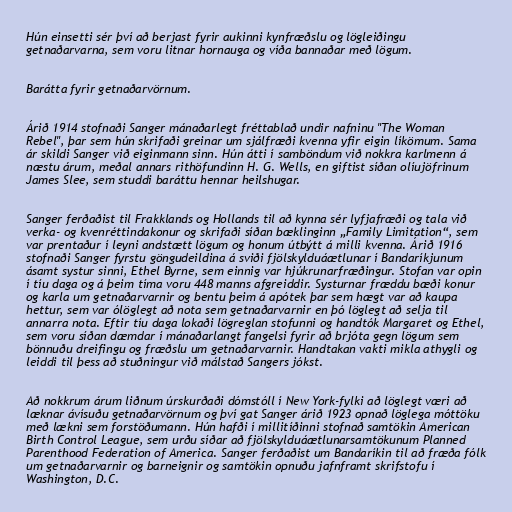
Hún einsetti sér því að berjast fyrir aukinni kynfræðslu og lögleiðingu
getnaðarvarna, sem voru litnar hornauga og víða bannaðar með lögum.

Barátta fyrir getnaðarvörnum.

Árið 1914 stofnaði Sanger mánaðarlegt fréttablað undir nafninu "The Woman
Rebel", þar sem hún skrifaði greinar um sjálfræði kvenna yfir eigin líkömum. Sama
ár skildi Sanger við eiginmann sinn. Hún átti í samböndum við nokkra karlmenn á
næstu árum, meðal annars rithöfundinn H. G. Wells, en giftist síðan olíujöfrinum
James Slee, sem studdi baráttu hennar heilshugar.

Sanger ferðaðist til Frakklands og Hollands til að kynna sér lyfjafræði og tala við
verka- og kvenréttindakonur og skrifaði síðan bæklinginn „Family Limitation“, sem
var prentaður í leyni andstætt lögum og honum útbýtt á milli kvenna. Árið 1916
stofnaði Sanger fyrstu göngudeildina á sviði fjölskylduáætlunar í Bandaríkjunum
ásamt systur sinni, Ethel Byrne, sem einnig var hjúkrunarfræðingur. Stofan var opin
í tíu daga og á þeim tíma voru 448 manns afgreiddir. Systurnar fræddu bæði konur
og karla um getnaðarvarnir og bentu þeim á apótek þar sem hægt var að kaupa
hettur, sem var ólöglegt að nota sem getnaðarvarnir en þó löglegt að selja til
annarra nota. Eftir tíu daga lokaði lögreglan stofunni og handtók Margaret og Ethel,
sem voru síðan dæmdar í mánaðarlangt fangelsi fyrir að brjóta gegn lögum sem
bönnuðu dreifingu og fræðslu um getnaðarvarnir. Handtakan vakti mikla athygli og
leiddi til þess að stuðningur við málstað Sangers jókst.

Að nokkrum árum liðnum úrskurðaði dómstóll í New York-fylki að löglegt væri að
læknar ávísuðu getnaðarvörnum og því gat Sanger árið 1923 opnað löglega móttöku
með lækni sem forstöðumann. Hún hafði í millitíðinni stofnað samtökin American
Birth Control League, sem urðu síðar að fjölskylduáætlunarsamtökunum Planned
Parenthood Federation of America. Sanger ferðaðist um Bandaríkin til að fræða fólk
um getnaðarvarnir og barneignir og samtökin opnuðu jafnframt skrifstofu í
Washington, D.C.